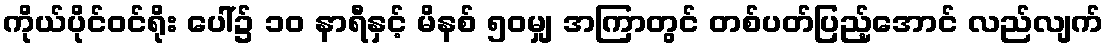
ကိုယ်ပိုင်ဝင်ရိုး ပေါ်၌ ၁၀ နာရီနှင့် မိနစ် ၅၀မျှ အကြာတွင် တစ်ပတ်ပြည့်အောင် လည်လျက်